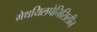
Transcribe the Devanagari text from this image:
मेथयिलपेनिसिलीन